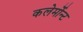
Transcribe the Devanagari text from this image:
कलेर्मोन्ट